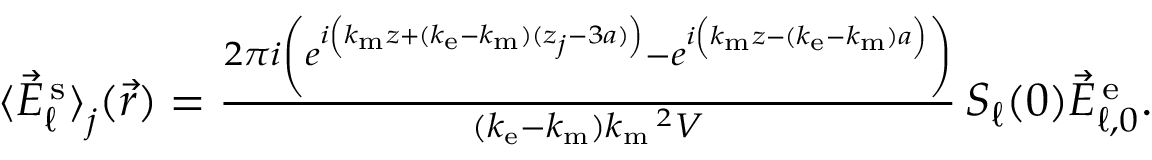
\begin{array} { r } { \langle \vec { E } _ { \ell } ^ { \mathrm { \, s } } \rangle _ { { \textstyle \mathstrut } j } ( \vec { r } ) = \frac { 2 \pi i \left( e ^ { i \left( k _ { \mathrm { m } } z + ( k _ { \mathrm { e } } - k _ { \mathrm { m } } ) ( z _ { j } - 3 a ) \vphantom { b ^ { 2 } } \right) } - e ^ { i \left( k _ { \mathrm { m } } z - ( k _ { \mathrm { e } } - k _ { \mathrm { m } } ) a \vphantom { b ^ { 2 } } \right) } \right) } { ( k _ { \mathrm { e } } - k _ { \mathrm { m } } ) k _ { \mathrm { m } } \, \! \! \, \! \, \, \! \, \, \! \! \, \! \, \, \! \! \, \! \! \, \! \, \, \! \! \, \! \! \, \! \, \, \! \, \, \! \! \, \! \, \, \! \! \, \! \! \, \! \, \, \! \, \, \! \! \, \! \, \, \! \, \, \! \! \, \! \, \, \! \! \, \! \! \, \! \, \, \! \, \, \! \! \, \! \, \, \! \, \, \! \! ^ { 2 } V } \, S _ { \ell } ( 0 ) \vec { E } _ { \ell , 0 } ^ { \mathrm { \, e } } . } \end{array}